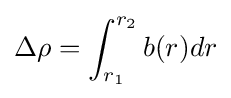
\Delta \rho =\int _{r_{1}}^{r_{2}}b(r)dr